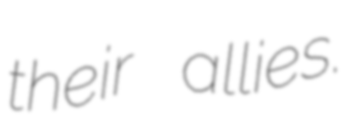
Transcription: their allies.